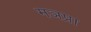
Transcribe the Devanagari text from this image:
मञप्रा